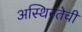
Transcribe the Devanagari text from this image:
अस्थिरतेची